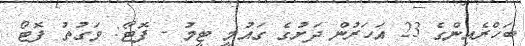
ބަހްރެއިންގެ 23 އަހަރުން ދަށުގެ ގައުމީ ޓީމު - ފޮޓޯ: ވަގުތު ފޮޓޯ